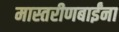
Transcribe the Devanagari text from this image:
मास्तरीणबाईंना